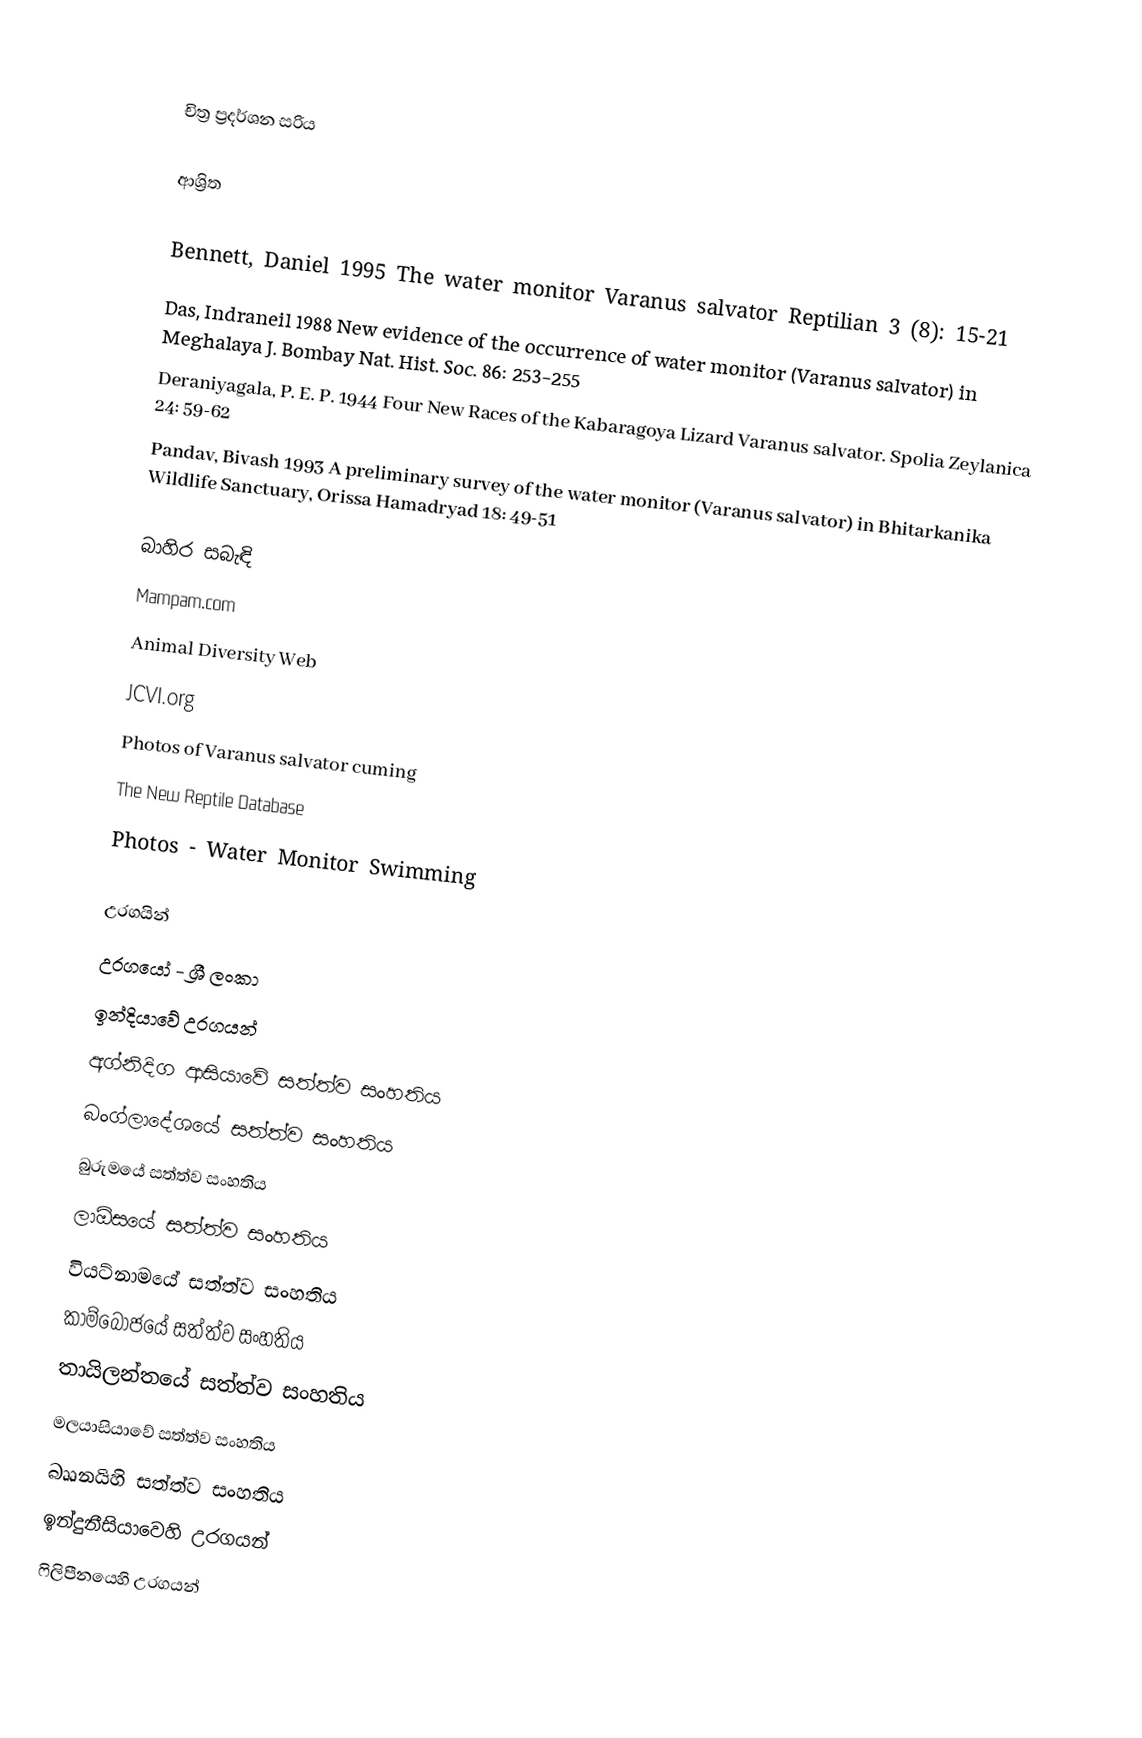

චිත්‍ර ප්‍රදර්ශන සරිය

ආශ්‍රිත

 Bennett, Daniel 1995 The water monitor Varanus salvator Reptilian 3 (8): 15-21
 Das, Indraneil 1988 New evidence of the occurrence of water monitor (Varanus salvator) in Meghalaya J. Bombay Nat. Hist. Soc. 86: 253-255
 Deraniyagala, P. E. P. 1944 Four New Races of the Kabaragoya Lizard Varanus salvator. Spolia Zeylanica 24: 59-62
 Pandav, Bivash 1993 A preliminary survey of the water monitor (Varanus salvator) in Bhitarkanika Wildlife Sanctuary, Orissa Hamadryad 18: 49-51

බාහිර සබැඳි
 Mampam.com
 Animal Diversity Web
  JCVI.org
 Photos of Varanus salvator cuming
 The New Reptile Database
 Photos - Water Monitor Swimming

උරගයින්
උරගයෝ - ශ්‍රී ලංකා
ඉන්දියාවේ උරගයන්
අග්නිදිග ආසියාවේ සත්ත්ව සංහතිය
බංග්ලාදේශයේ සත්ත්ව සංහතිය
බුරුමයේ සත්ත්ව සංහතිය
ලාඕසයේ සත්ත්ව සංහතිය
වියට්නාමයේ සත්ත්ව සංහතිය
කාම්බෝජයේ සත්ත්ව සංහතිය
තායිලන්තයේ සත්ත්ව සංහතිය
මලයාසියාවේ සත්ත්ව සංහතිය
බෲනයිහි සත්ත්ව සංහතිය
ඉන්දුනීසියාවෙහි උරගයන්
ෆිලිපීනයෙහි උරගයන්